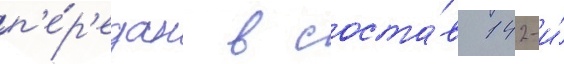
п'е́р'едан в соста́в 142-и́